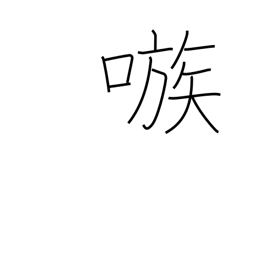
Meaning: egg on